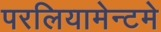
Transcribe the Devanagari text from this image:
परलियामेन्टमे